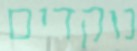
נוקדים